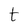
Character: t